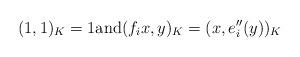
LaTeX: \begin{align*}(1, 1)_K =1 \mbox{and} (f_i x, y)_K = (x, e''_i(y))_K \end{align*}